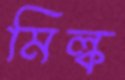
মিল্ক